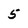
Character: 5